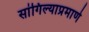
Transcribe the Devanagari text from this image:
सांगिल्याप्रमाणे